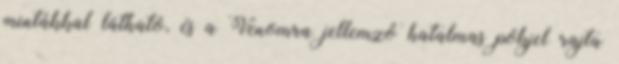
mintákkal látható, és a Venomra jellemző hatalmas pókjel rajta